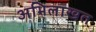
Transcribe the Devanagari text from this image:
अभिलाखत